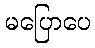
မပြောပေ